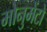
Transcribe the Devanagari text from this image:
मोनुमेंटो